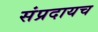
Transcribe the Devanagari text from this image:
संप्रदायच